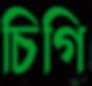
চিগি